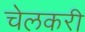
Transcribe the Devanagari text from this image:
चेलकरी